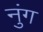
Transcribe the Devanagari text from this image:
नुंग